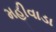
મહીવાડા